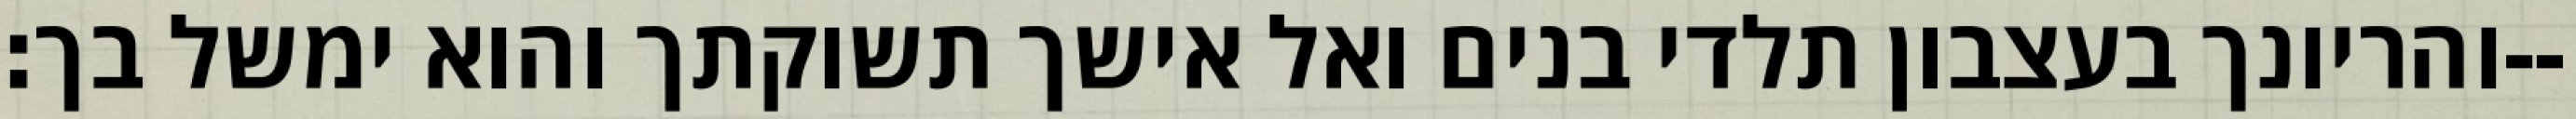
והריונך בעצבון תלדי בנים ואל אישך תשוקתך והוא ימשל בך׃--